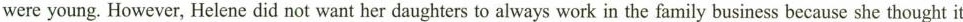
were young. However, Helene did not want her daughters to always work in the family business because she thought it